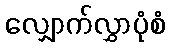
လျှောက်လွှာပုံစံ